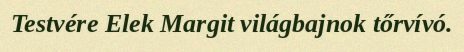
Testvére Elek Margit világbajnok tőrvívó.